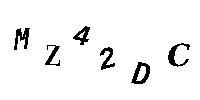
MZ42DC